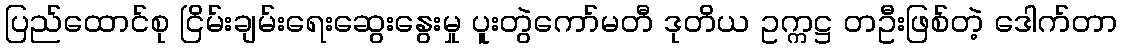
ပြည်ထောင်စု ငြိမ်းချမ်းရေးဆွေးနွေးမှု ပူးတွဲကော်မတီ ဒုတိယ ဥက္ကဋ္ဌ တဦးဖြစ်တဲ့ ဒေါက်တာ